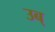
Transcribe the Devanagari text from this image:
उब्